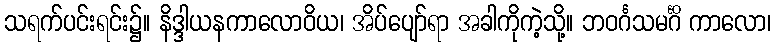
သရက်ပင်းရင်း၌။ နိဒ္ဒါယနကာလောဝိယ၊ အိပ်ပျော်ရာ အခါကိုကဲ့သို့။ ဘဝင်္ဂသမင်္ဂိ ကာလော၊